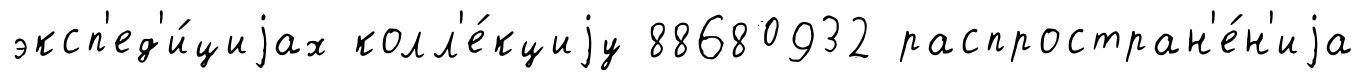
эксп'ед'и́циjах колл'е́кциjу 88680932 распростран'е́н'иjа